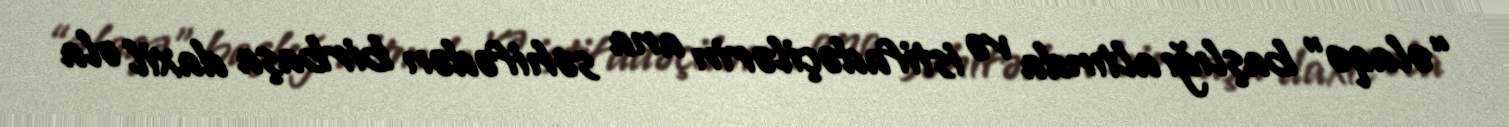
“əlaqə” başlığı altında və istifadəçilərin ana səhifədən birbaşa daxil ola